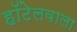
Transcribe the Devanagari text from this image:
हॉटेलवाला